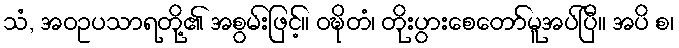
သံ, အဝဥပသာရတို့၏ အစွမ်းဖြင့်။ ဝဍ္ဎိတံ၊ တိုးပွားစေတော်မူအပ်ပြီ။ အပိ စ၊